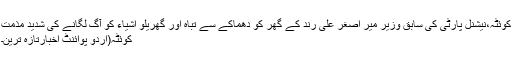
کوئٹہ،نیشنل پارٹی کی سابق وزیر میر اصغر علی رند کے گھر کو دھماکے سے تباہ اور گھریلو اشیاء کو آگ لگانے کی شدید مذمت
کوئٹہ(اُردو پوائنٹ اخبارتازہ ترین۔